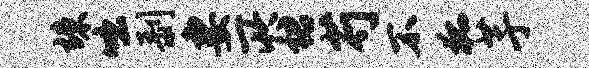
竦咄剥妻所裙芍不狐芋